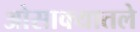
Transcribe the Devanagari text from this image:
ओसाक्यातले